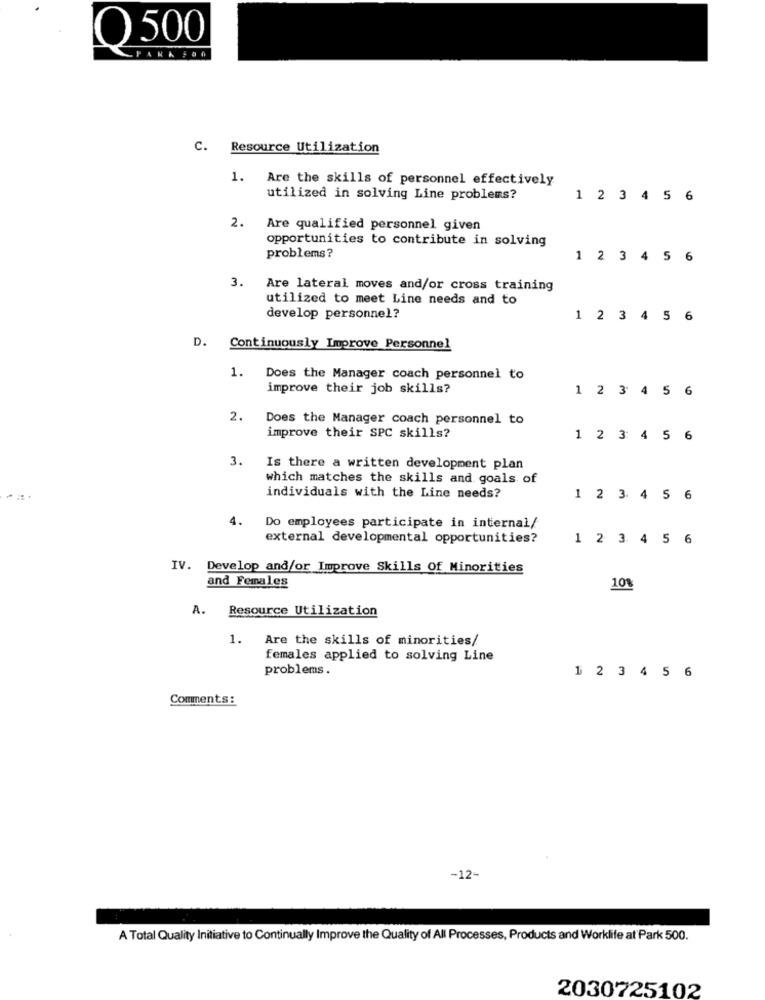
O 500
PANAFOR
C. Resource Utilization
1.
Are the skills of personnel effectively
utilized in solving Line problems?
1 2 3 4 5 6
2.
Are qualified personnel given
opportunities to contribute in solving
problems?
1 2 3 4 5 6
3.
Are lateral moves and/or cross training
utilized to meet Line needs and to
develop personnel?
1 2 3 4 5 6
D. Continuously Improve Personnel
1.
Does the Manager coach personnel to
improve their job skills?
1 2 3 4 5 6
2.
Does the Manager coach personnel to
improve their SPC skills?
1 2 3 4 5
6
3.
Is there a written development plan
which matches the skills and goals of
individuals with the Line needs?
1 2 3 4 5 6
4.
Do employees participate in internal/
external developmental opportunities?
1 2 3 4 5 6
IV. Develop and/or Improve Skills Of Minorities
and Females
10%
A.
Resource Utilization
1.
Are the skills of minorities/
females applied to solving Line
problems.
1 2 3 4 5 6
Comments:
-12-
A Total Quality Initiative to Continually Improve the Quality of All Processes, Products and Worklife at Park 500.
2030725102